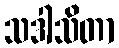
သဒါသိတာ